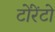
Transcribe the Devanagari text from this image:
टोंरेंटो